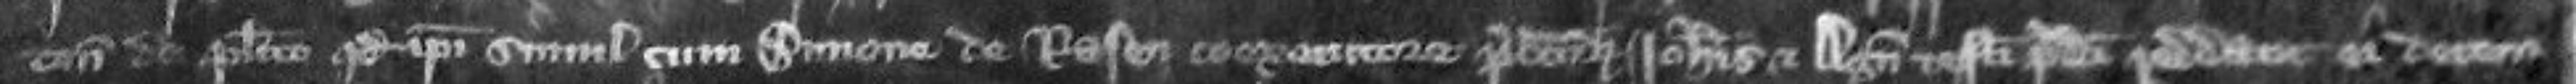
ton de placito quod ipsi simul cum Simone de Rasen coexecutore predictorum Johannis et Agnetis testamenti predicti reddant ei decem